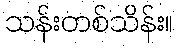
သန်းတစ်သိန်း။